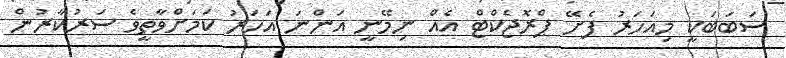
ސަބަބަކީ މިއަހަރު ފެށޭ ޕްރޮޖެކްޓް އެއް ނިމޭނީ އަންނަ އަހަރު ކަމަށްވާތީވެ ސަރުކާރުން